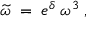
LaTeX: \widetilde { \omega } \; = \; e ^ { \delta } \; \omega ^ { 3 } \; ,